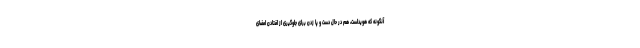
آنگونه که هویداست، هم در حال دست و پا زدن برای جلوگیری از افتادن امضای